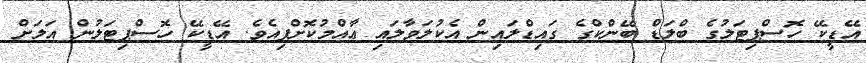
އޭޑީކޭ ހޮސްޕިޓަލުގެ ބްލަޑް ބޭންކްގެ ގައިޑްލައިން އެކުލަވާލައި ޢާއްމުކޮށްފިއެވެ. އޭޑީކޭ ހޮސްޕިޓަލުން އަލަށް